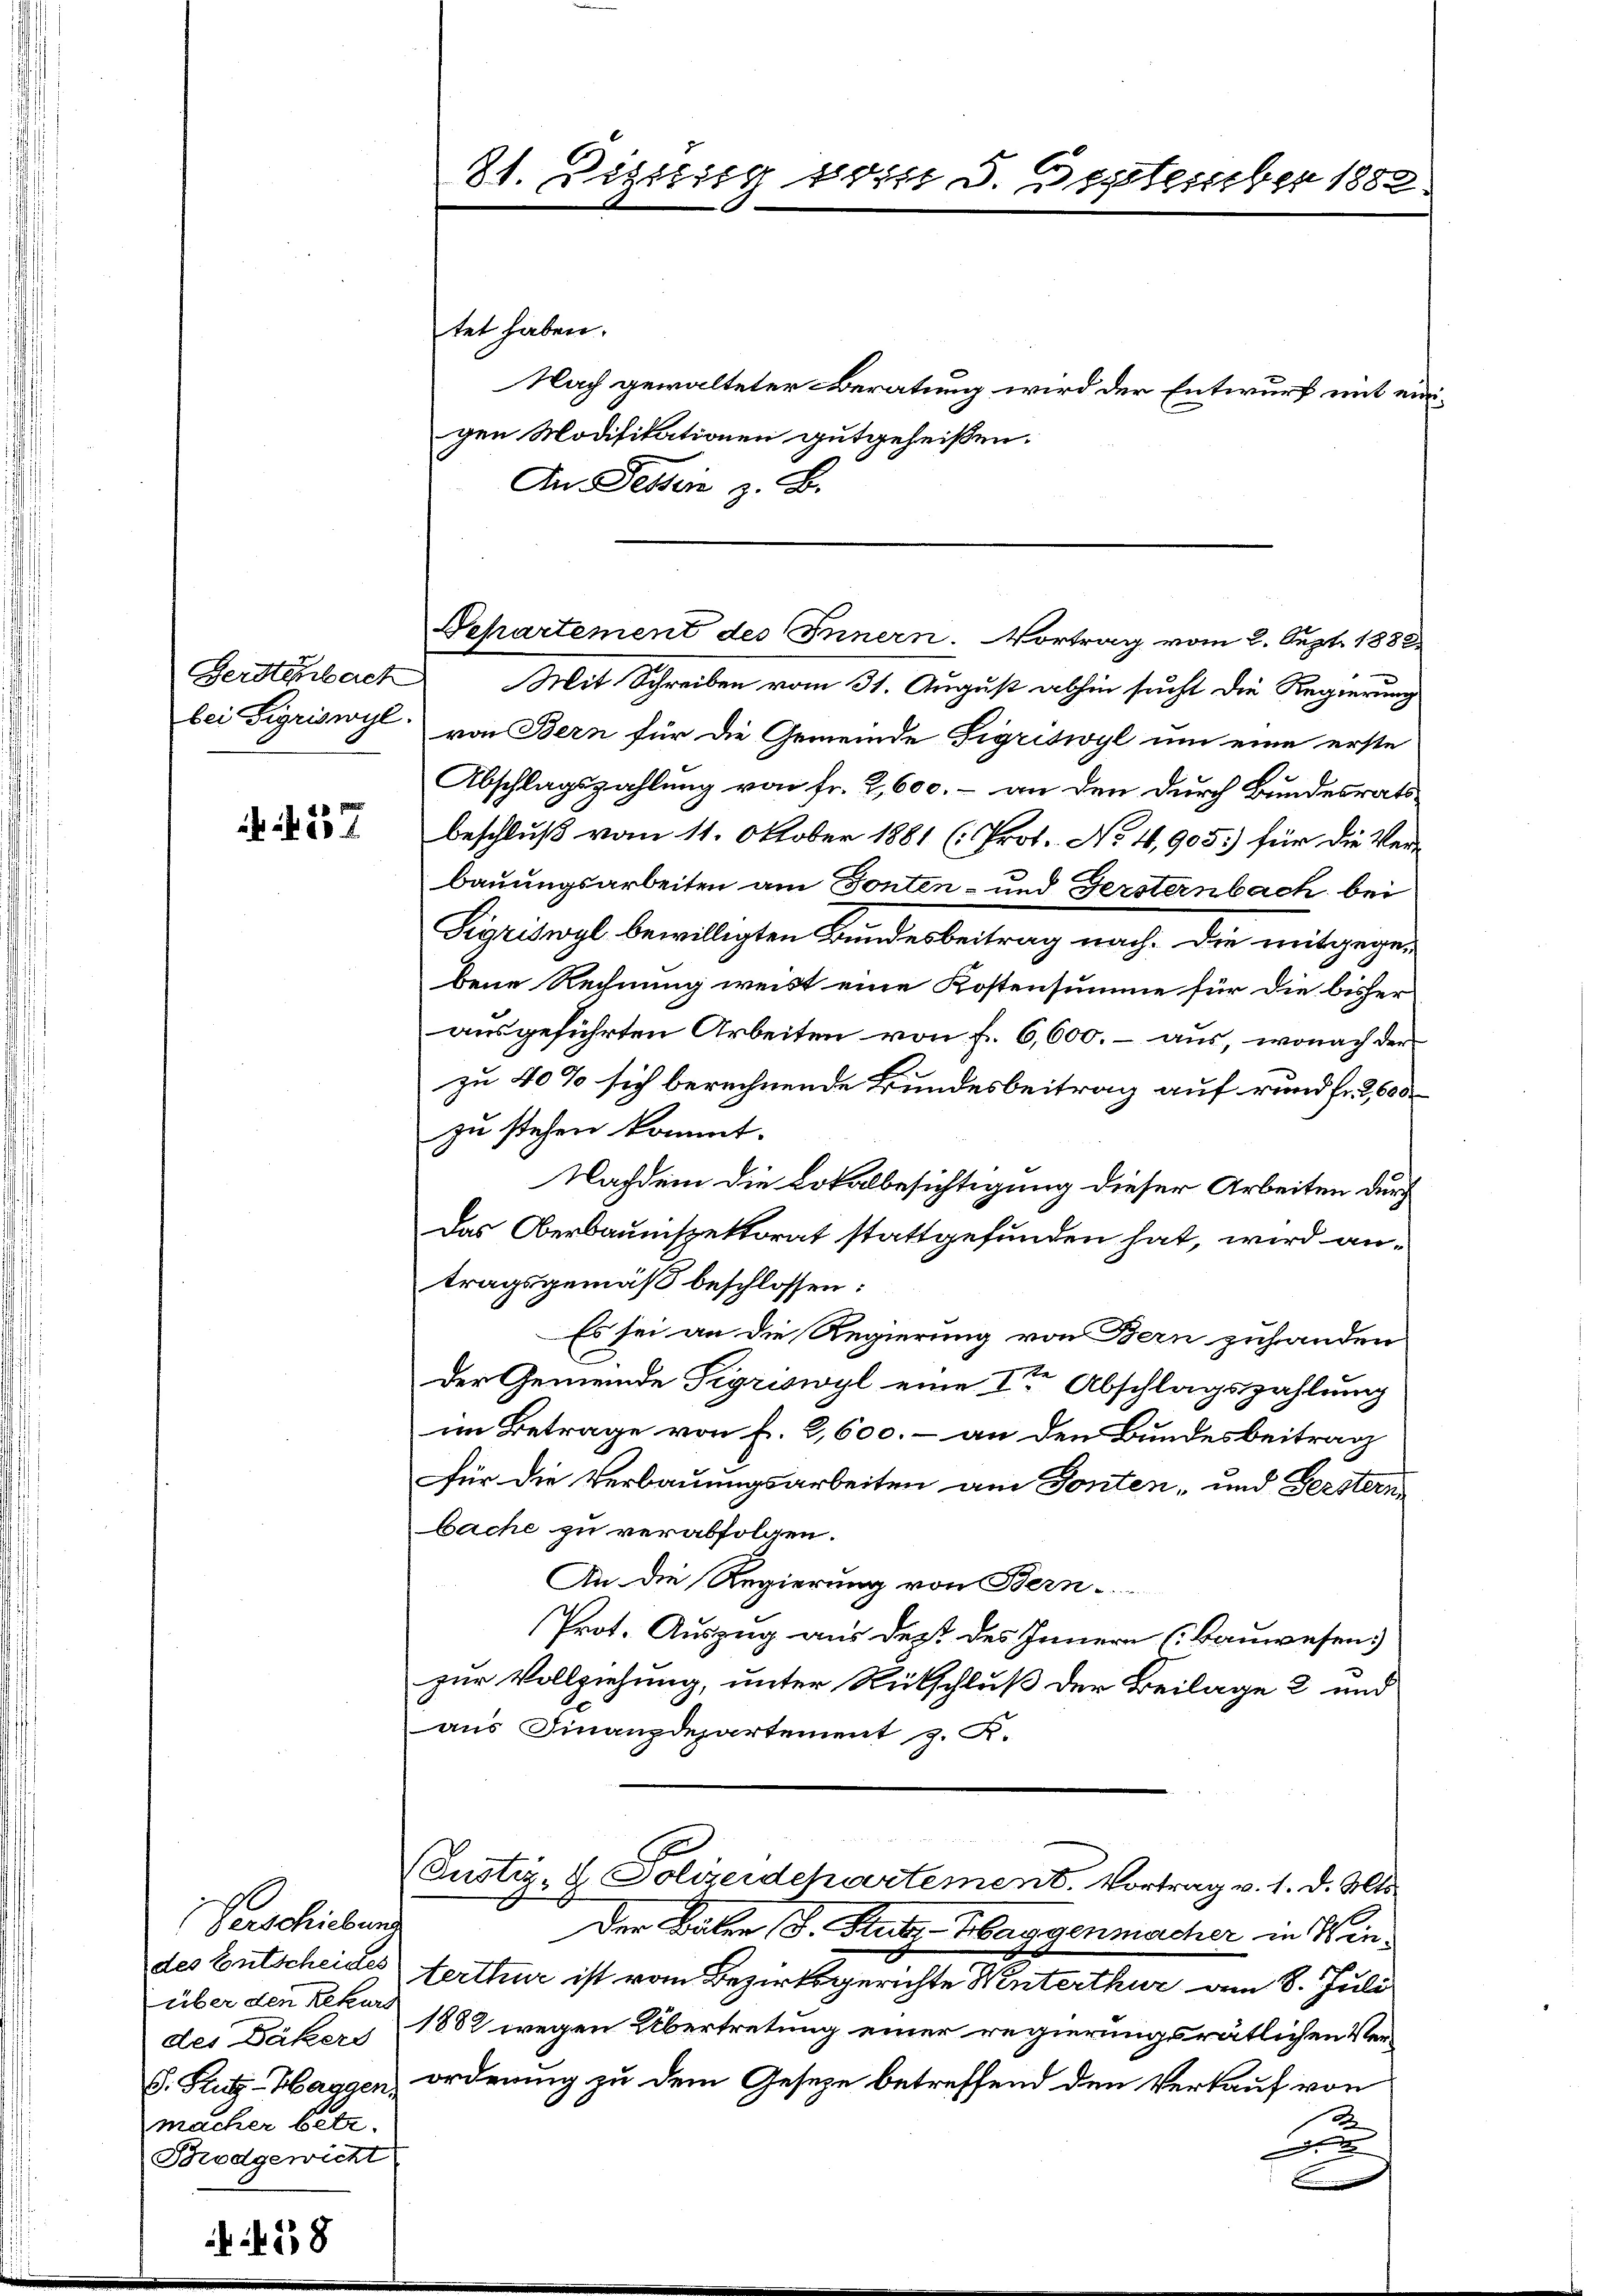
237

Verschiebung
über den Rekurs
macher betr.
Brodgewicht

58

81. Deziling 1 die 3. September 1882.

tet haben.
Nach gewalteter Beratung wird der Entwurf mit einigen Modifikationen gutgeheißen.
An Felsein z. B.
Gerstenbach Mit Schreiben vom 31. August abhin sucht die Regierung
bei Sigriswyl von Bern für die Gemeinde Sigriswyl um eine erste
Abschlagszahlung von Fr. 2, 600. - an den durch Bundesrats
beschluß vom 11. Oktober 1881 (: Prot. No 4,905) für die Verbauungsarbeiten am Tonten- und Gersternbach bei
Sigriswyl bewilligten Bundesbeitrag nach. Die mitgegen
bene Rechnung weist eine Kostensumme für die bisher
ausgeführten Arbeiten von f. 6,600. - aus, wonach der
zu 40% sich berechnende Bundesbeitrag auf rund fr. 2600
zu stehen kommt.
Nachdem die Lokalbesichtigung dieser Arbeiten durch
Das Oberbauinspektorat stattgefunden hat, wird antragsgemäß beschlossen:
Es sei an die Regierung von Bern zuhanden
Der Gemeinde Sigriswyl eine Iten Abschlagszahlung
im Betrage von f. 1,600. - an den Bundesbeitrag
für die Verbauungsarbeiten am Tonten- und Gerstern
bache zu verabfolgen.
An die Regierung von Bern-
Prot. Auszug aus dest des Innern (Bauwesen.
zur Vollziehung, unter Rückschluß der Beilage 2 und
aus Finanzdepartement z. R.
St
(Justiz- & Polizeidchartement. Vortrag v. 1. d. Mts.
Der Balen J. Stutz-Haggenmacher in Windes Entscheides erthur ist vom Bezirksgerichte Winterthur am 8. Juli
des Däkers 1882 wegen Übertretung einer regierungsrätlichen Ver¬
S. Fritz-Haggen, ordnung zu dem Gesetze betreffend den Verkauf von
2
.
.

Departement des Innern. Vortrag vom 2. Sept. 1882